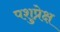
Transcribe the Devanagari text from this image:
पशुप्रेक्ष